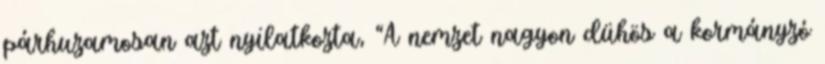
párhuzamosan azt nyilatkozta, “A nemzet nagyon dühös a kormányzó